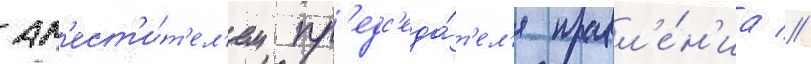
зам'ест'и́т'ел'ем пр'едс'еда́т'ел'я правл'е́н'иа //